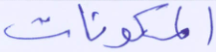
المكونات